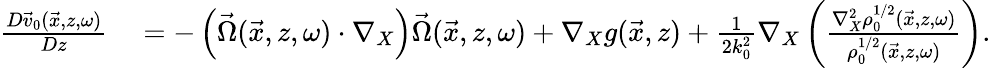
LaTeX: \begin{array}{rl}{\frac{D\vec{v}_{0}(\vec{x},z,\omega)}{Dz}}&{{}=-\left(\vec{\Omega}(\vec{x},z,\omega)\cdot\nabla_{X}\right)\vec{\Omega}(\vec{x},z,\omega)+\nabla_{X}g(\vec{x},z)+\frac{1}{2k_{0}^{2}}\nabla_{X}\left(\frac{\nabla_{X}^{2}\rho_{0}^{1/2}(\vec{x},z,\omega)}{\rho_{0}^{1/2}(\vec{x},z,\omega)}\right).}\end{array}